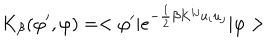
LaTeX: K _ { \beta } ( \varphi ^ { \prime } , \varphi ) = < \varphi ^ { \prime } | e ^ { - \frac { 1 } { 2 } \beta K ^ { i j } u _ { i } u _ { j } } | \varphi >